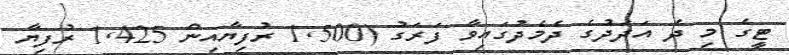
ޓީގެ މި ދެ އަދަދުގެ ދެމެދުގައިވާ ފަރަގު (1